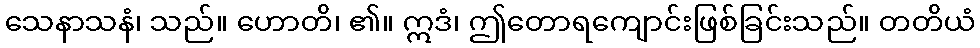
သေနာသနံ၊ သည်။ ဟောတိ၊ ၏။ ဣဒံ၊ ဤတောရကျောင်းဖြစ်ခြင်းသည်။ တတိယံ